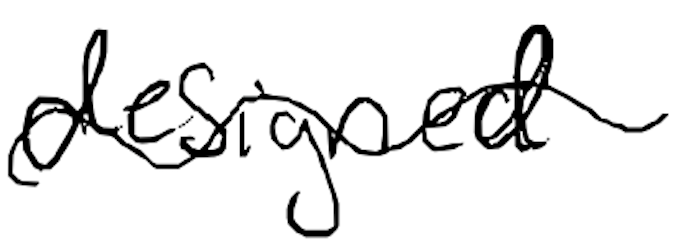
Text: designed
Cross-out: wave
Writing tool: digital_black